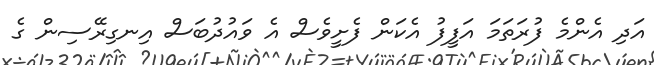
އަދި އެންމެ ފުރަތަމަ އަފީފު އެކަން ފެށީވެސް އެ ވައުދުބަސް އިނގިރޭސިން ގެ